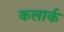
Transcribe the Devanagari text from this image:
कलार्क